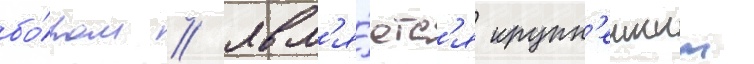
бо́ром / явл'я́етс'я крупн'еишим